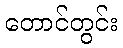
တောင်တွင်း